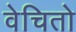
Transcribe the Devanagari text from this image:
वेचितो